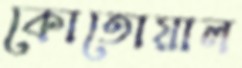
কোতোয়াল